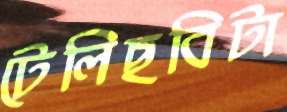
টেলিছবিটা